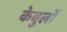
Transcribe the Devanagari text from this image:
केबुलों